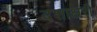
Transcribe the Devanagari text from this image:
दशाक्षरी